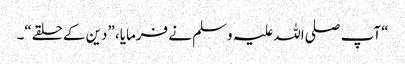
“ آپ صلی اللہ علیہ وسلم نے فرمایا، ”دین کے حلقے“۔